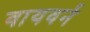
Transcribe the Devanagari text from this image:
वायवर्न